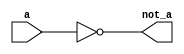
module bit32not(not_a,a);
    input [31:0] a;
    output [31:0] not_a;

    assign not_a=~a;

endmodule